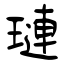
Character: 璉